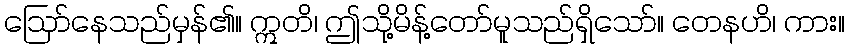
ဩော်နေသည်မှန်၏။ ဣတိ၊ ဤသို့မိန့်တော်မူသည်ရှိသော်။ တေနဟိ၊ ကား။